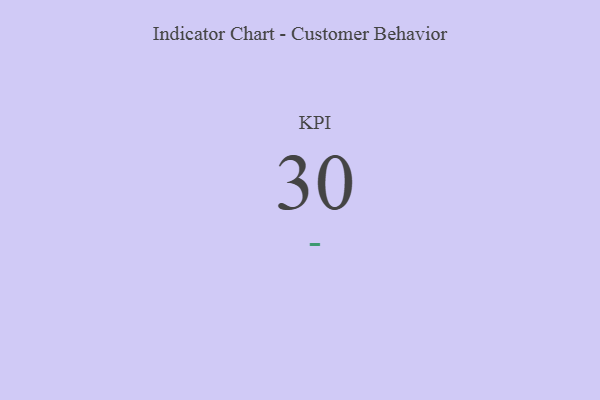
{"axis": {"x": "KPI", "y": "Value"}, "legend": [""], "data": [{"x": "KPI", "y": 30, "type": ""}]}